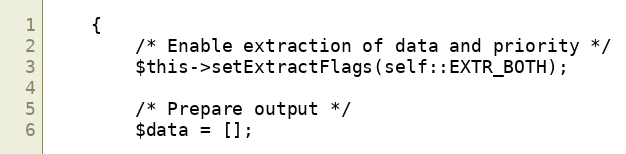
Language: PHP
    {
        /* Enable extraction of data and priority */
        $this->setExtractFlags(self::EXTR_BOTH);

        /* Prepare output */
        $data = [];